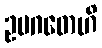
ဥပဂတေဟိ